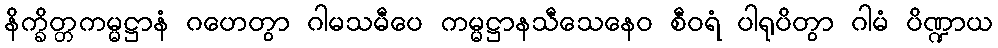
နိက္ခိတ္တကမ္မဋ္ဌာနံ ဂဟေတွာ ဂါမသမီပေ ကမ္မဋ္ဌာနသီသေနေဝ စီဝရံ ပါရုပိတွာ ဂါမံ ပိဏ္ဍာယ